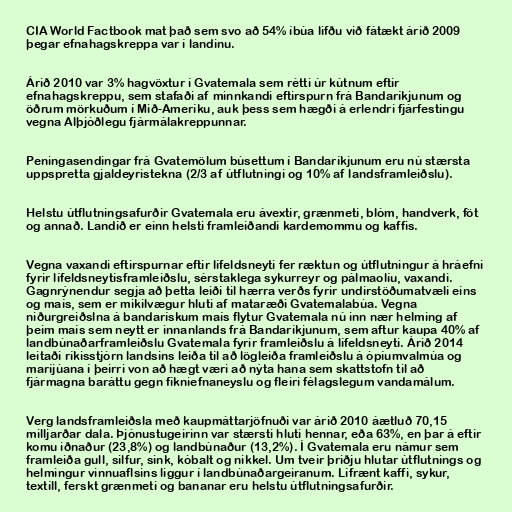
CIA World Factbook mat það sem svo að 54% íbúa lifðu við fátækt árið 2009
þegar efnahagskreppa var í landinu.

Árið 2010 var 3% hagvöxtur í Gvatemala sem rétti úr kútnum eftir
efnahagskreppu, sem stafaði af minnkandi eftirspurn frá Bandaríkjunum og
öðrum mörkuðum í Mið-Ameríku, auk þess sem hægði á erlendri fjárfestingu
vegna Alþjóðlegu fjármálakreppunnar.

Peningasendingar frá Gvatemölum búsettum í Bandaríkjunum eru nú stærsta
uppspretta gjaldeyristekna (2/3 af útflutningi og 10% af landsframleiðslu).

Helstu útflutningsafurðir Gvatemala eru ávextir, grænmeti, blóm, handverk, föt
og annað. Landið er einn helsti framleiðandi kardemommu og kaffis.

Vegna vaxandi eftirspurnar eftir lífeldsneyti fer ræktun og útflutningur á hráefni
fyrir lífeldsneytisframleiðslu, sérstaklega sykurreyr og pálmaolíu, vaxandi.
Gagnrýnendur segja að þetta leiði til hærra verðs fyrir undirstöðumatvæli eins
og maís, sem er mikilvægur hluti af mataræði Gvatemalabúa. Vegna
niðurgreiðslna á bandarískum maís flytur Gvatemala nú inn nær helming af
þeim maís sem neytt er innanlands frá Bandaríkjunum, sem aftur kaupa 40% af
landbúnaðarframleiðslu Gvatemala fyrir framleiðslu á lífeldsneyti. Árið 2014
leitaði ríkisstjórn landsins leiða til að lögleiða framleiðslu á ópíumvalmúa og
maríjúana í þeirri von að hægt væri að nýta hana sem skattstofn til að
fjármagna baráttu gegn fíkniefnaneyslu og fleiri félagslegum vandamálum.

Verg landsframleiðsla með kaupmáttarjöfnuði var árið 2010 áætluð 70,15
milljarðar dala. Þjónustugeirinn var stærsti hluti hennar, eða 63%, en þar á eftir
komu iðnaður (23,8%) og landbúnaður (13,2%). Í Gvatemala eru námur sem
framleiða gull, silfur, sink, kóbalt og nikkel. Um tveir þriðju hlutar útflutnings og
helmingur vinnuaflsins liggur í landbúnaðargeiranum. Lífrænt kaffi, sykur,
textíll, ferskt grænmeti og bananar eru helstu útflutningsafurðir.